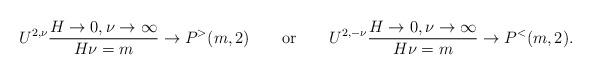
LaTeX: \begin{align*}U^{2,\nu}{{H\rightarrow 0,\nu \rightarrow\infty} \over H\nu=m}\rightarrow P^>(m,2)\qquad\mbox{or}\qquad U^{2,-\nu} {{H\rightarrow 0,\nu\rightarrow\infty} \over H\nu=m}\rightarrow P^<(m,2).\end{align*}